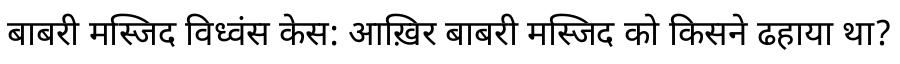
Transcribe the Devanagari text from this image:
बाबरी मस्जिद विध्वंस केस: आख़िर बाबरी मस्जिद को किसने ढहाया था?